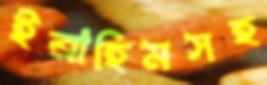
ইব্রাহিমসহ